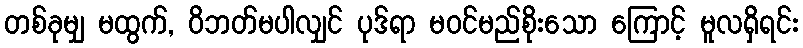
တစ်ခုမျှ မထွက်, ဝိဘတ်မပါလျှင် ပုဒ်ရာ မဝင်မည်စိုးသော ကြောင့် မူလရှိရင်း